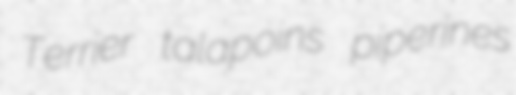
Terrier talapoins piperines